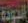
الجودة